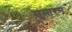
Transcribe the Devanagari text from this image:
सुमारस